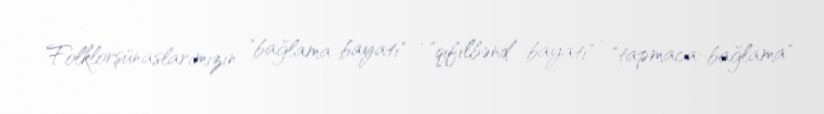
Folklorşünaslarımızın "bağlama bayatı" , "qıfılbənd bayatı" , "tapmaca-bağlama"